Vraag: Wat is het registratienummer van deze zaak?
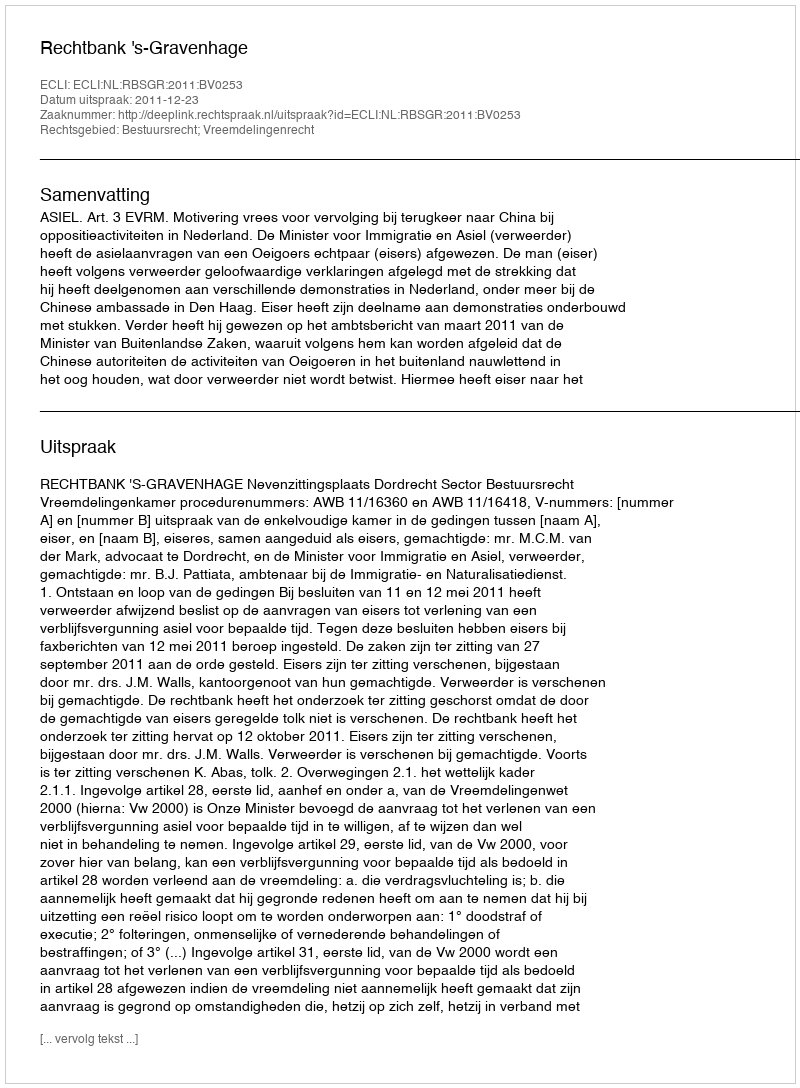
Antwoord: http://deeplink.rechtspraak.nl/uitspraak?id=ECLI:NL:RBSGR:2011:BV0253